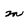
Character: m